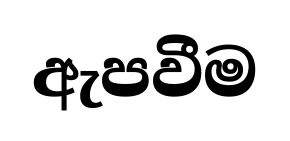
ඇපවීම